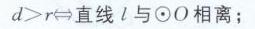
\(d>r\Leftrightarrow\)直线\(l\)与\(\odot O\)相离；